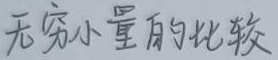
无穷小量的比较